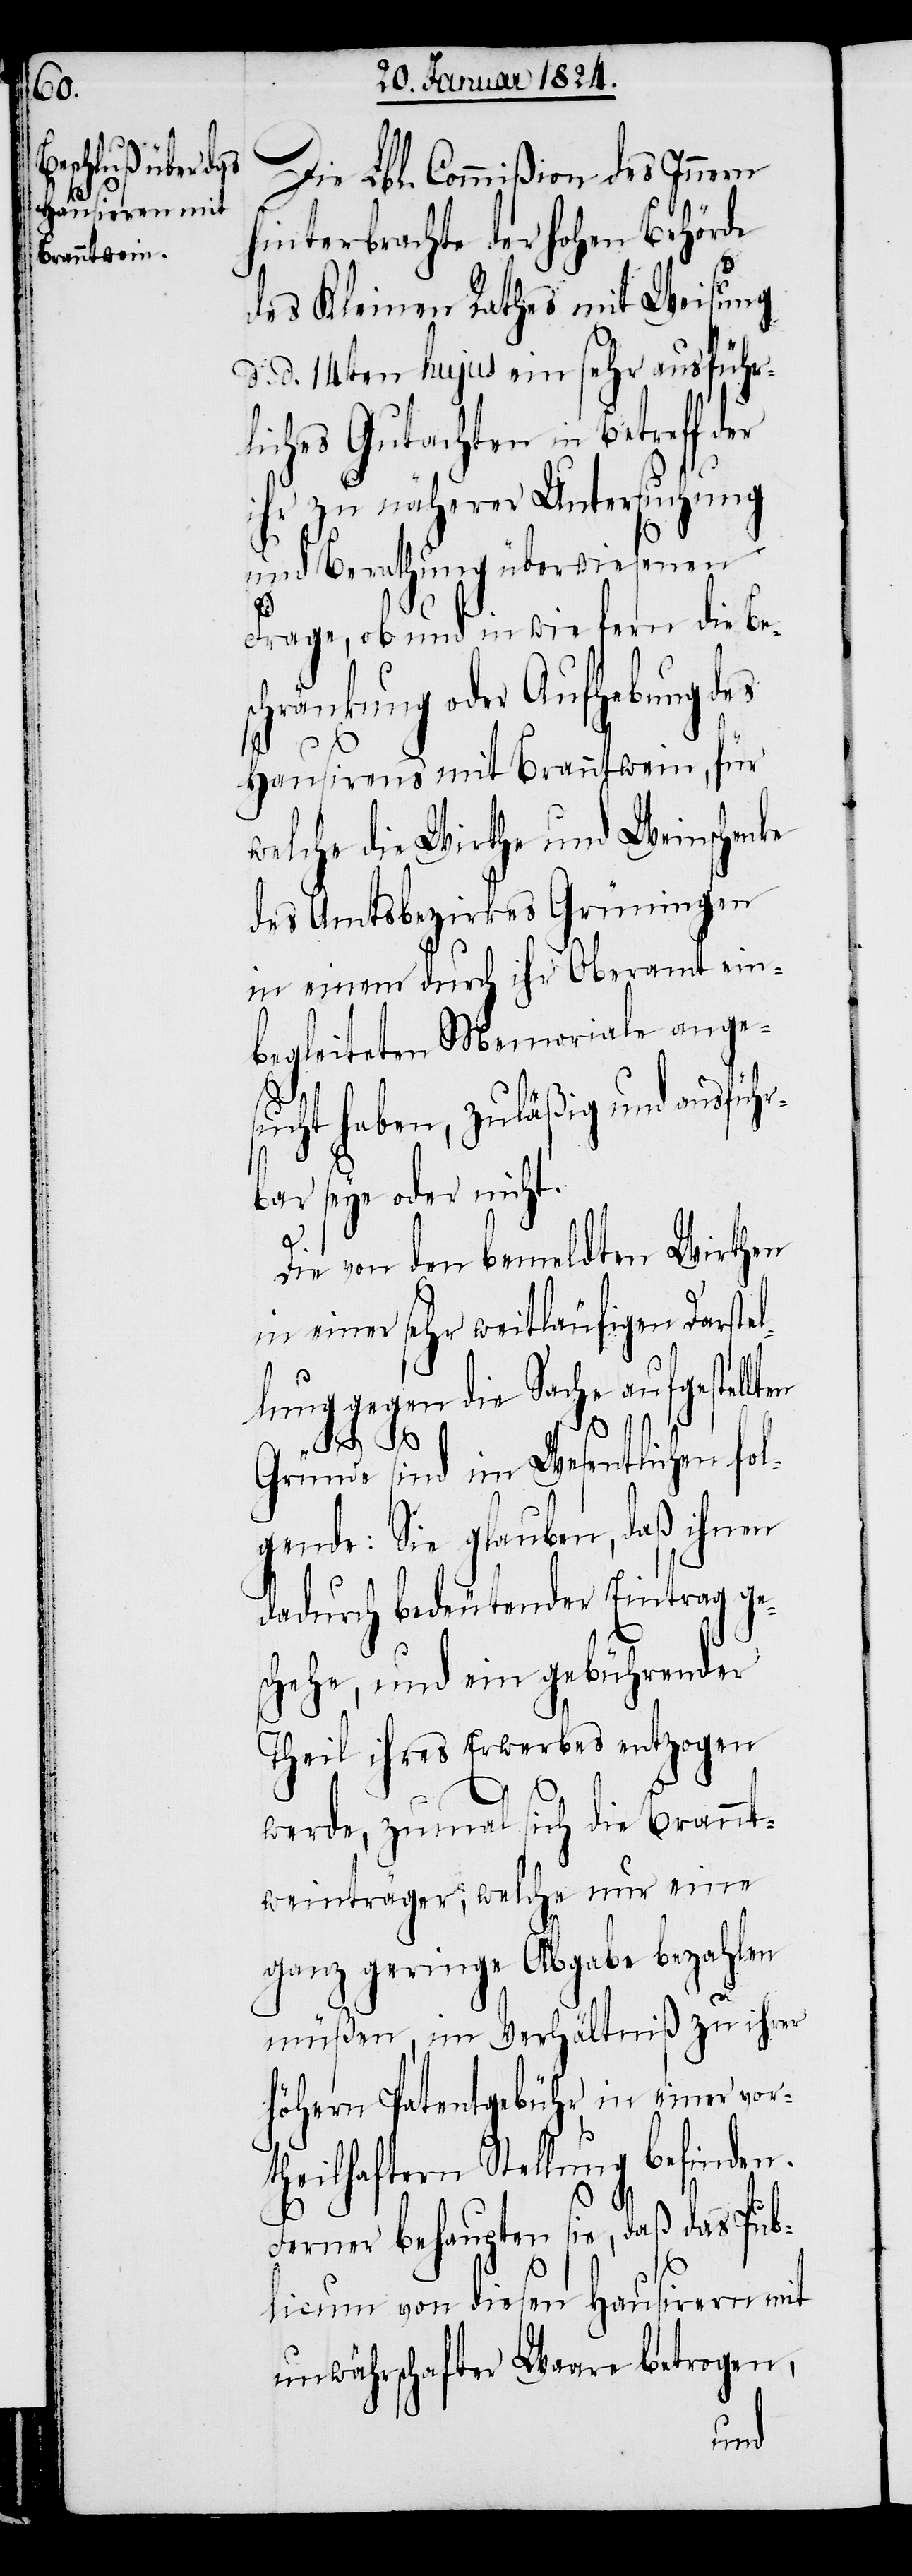
en

Die Lbl. Commißion des Innern
hinterbrachte der hohen Behörde
des Kleinen Rathes mit Weisung
d. d. 14ten hujus ein sehr ausführ¬
liches Gutachten in Betreff
ihr zu näherer Untersuchung
und Berathung überwiesenen
Frage, ob und inwiefern die Be¬
schränkung oder Aufhebung des
Hausirens mit Branntwein, für
welche die Wirthe und Weinschenke
des Amtsbezirkes Grüningen
in einem durch ihr Oberamt ein¬
begleiteten Memoriale ange¬
t¬
sucht haben, zuläßig und ausführb¬
ar seye oder nicht.
Die von den bemeldten Wirthen
in einer sehr weitläufigen Darste¬
llung gegen die Sache aufgestellt¬
Gründe sind im Wesentlichen fol¬
gende: Sie glauben, daß ihnen
dadurch bedeutender Eintrag ge¬
schehe, und ein gebührender
Theil ihres Erwerbes entzogen
werde, zumal sich die Brannt¬
weinträger, welche nur eine
ganz geringe Abgabe bezahlen
müßen, im Verhältniß zu ihrer
höhern Patentgebühr in einer vor¬
heilhaftern Stellung befinden.
Ferner behaupten sie, daß das Pub¬
licum von diesen Hausirern mit
unwährschafter Waare betrogen,